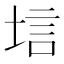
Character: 𫭷